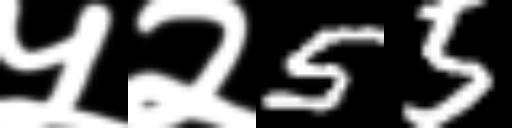
Text: ५२55